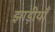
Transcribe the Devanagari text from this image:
झाड़ीयाँ